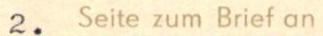
2. Seite zum Brief an